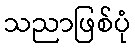
သညာဖြစ်ပုံ